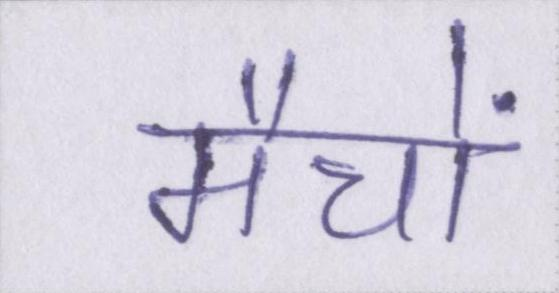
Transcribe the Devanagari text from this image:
मैचों